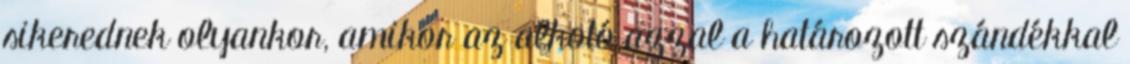
sikerednek olyankor, amikor az alkotó azzal a határozott szándékkal